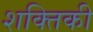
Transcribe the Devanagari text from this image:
शक्तिकी